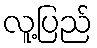
လူ့ပြည်